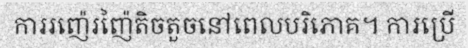
ការរញ៉េរញ៉ៃតិចតួចនៅពេលបរិភោគ។ ការប្រើ